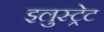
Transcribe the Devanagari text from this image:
इलुस्ट्रेट